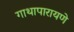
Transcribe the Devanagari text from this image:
गाथापारायणे